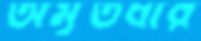
অমৃতধার